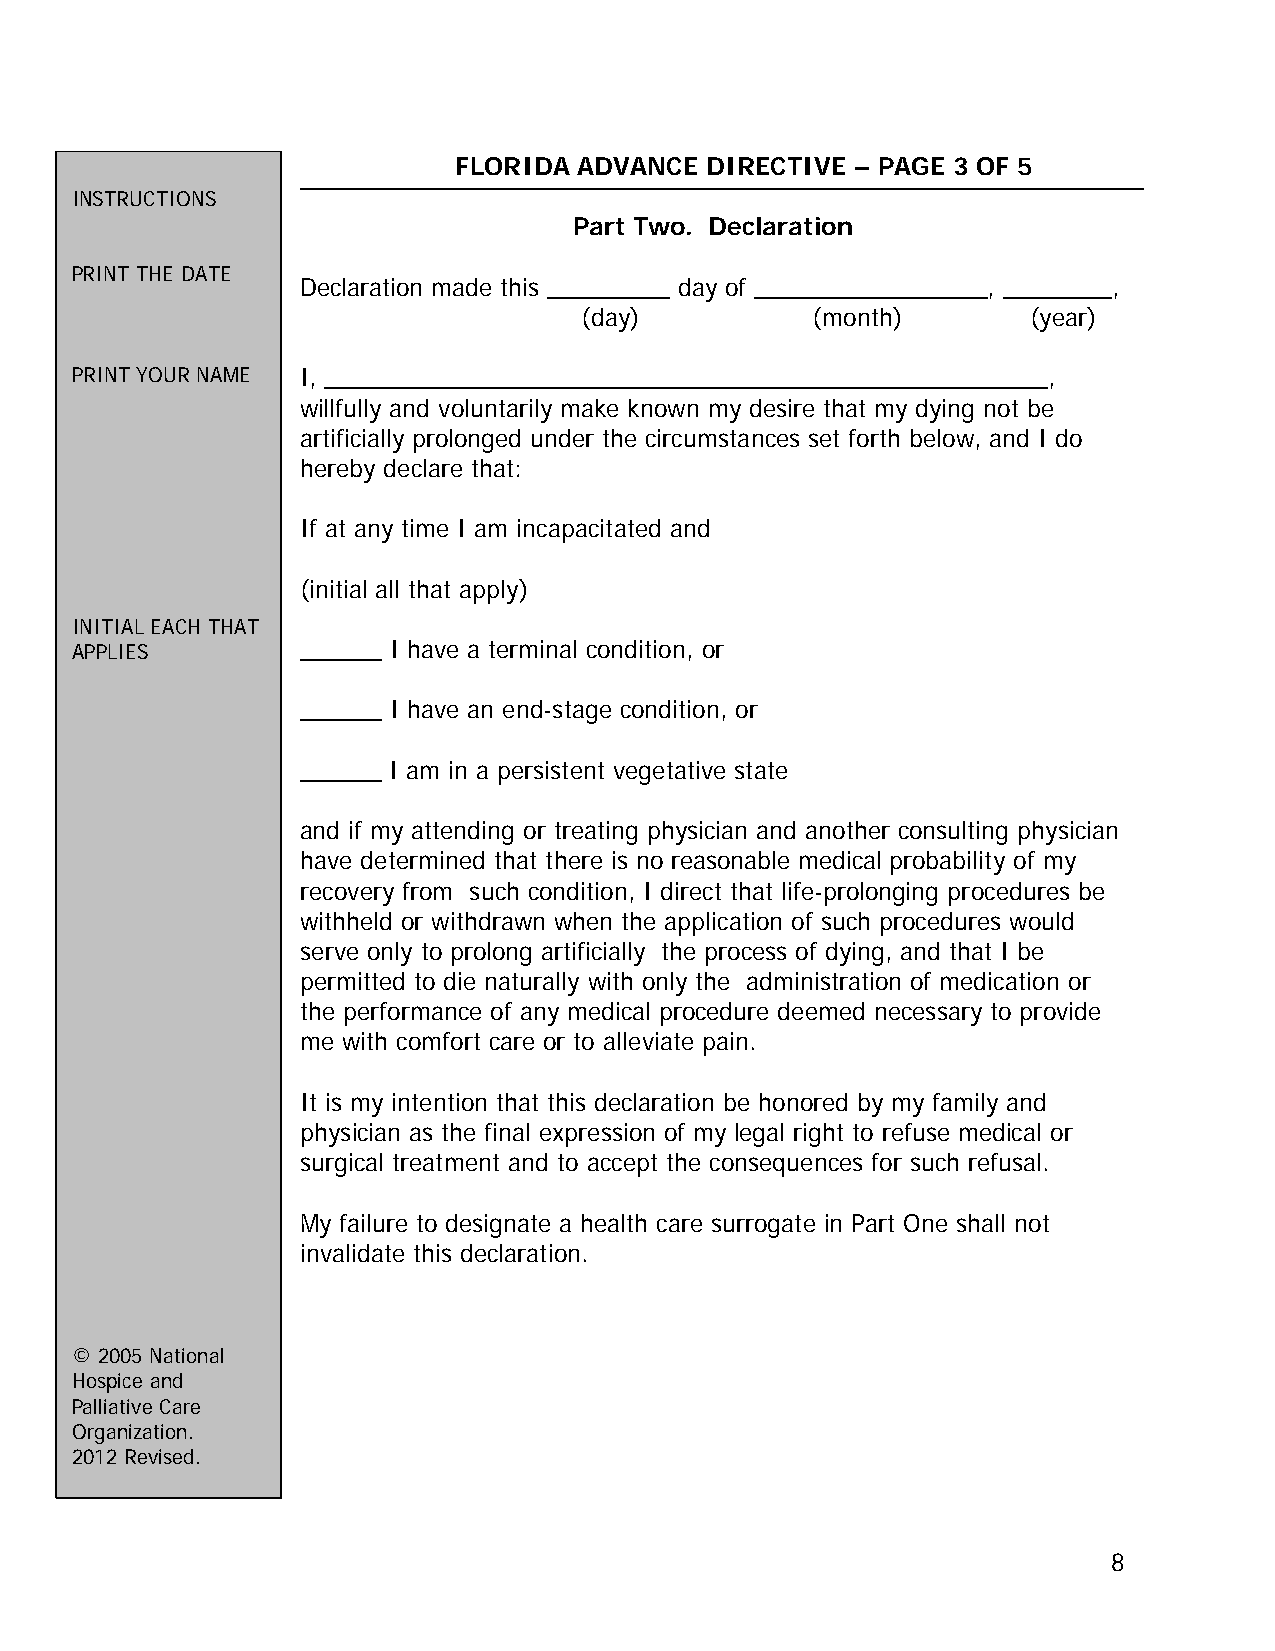
FLORIDA ADVANCE  DIRECTIVE – PAGE 3 OF 5
 INSTRUCTIONS
 Part Two. Declaration
 PRINT THE DATE
 Declaration made this _________ day of _________________, ________,
 (day)           (month)       (year)
 PRINT YOUR NAME I, _____________________________________________________,
 willfully and voluntarily make known my desire that my dying not be
 artificially prolonged under the circumstances set forth below, and I do
 hereby declare that:
 If at any time I am incapacitated and
 (initial all that apply)
 INITIAL EACH THAT
 APPLIES        ______ I have a terminal condition, or
 ______ I have an end-stage condition, or
 ______ I am in a persistent vegetative state
 and if my attending or treating physician and another consulting physician
 have determined that there is no reasonable medical probability of my
 recovery from such condition, I direct that life-prolonging procedures be
 withheld or withdrawn when the application of such procedures would
 serve only to prolong artificially the process of dying, and that I be
 permitted to die naturally with only the administration of medication or
 the performance of any medical procedure deemed necessary to provide
 me with comfort care or to alleviate pain.
 It is my intention that this declaration be honored by my family and
 physician as the final expression of my legal right to refuse medical or
 surgical treatment and to accept the consequences for such refusal.
 My failure to designate a health care surrogate in Part One shall not
 invalidate this declaration.
 © 2005 National
 Hospice and
 Palliative Care
 Organization.
 2012 Revised.
 8